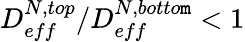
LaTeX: D_{eff}^{N,top}/D_{eff}^{N,botto\mathtt{m}}<1